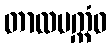
တာလပက္ကံဝ